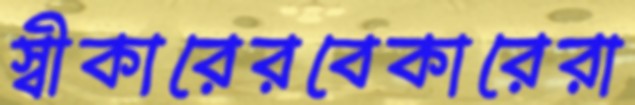
স্বীকারেরবেকারেরা